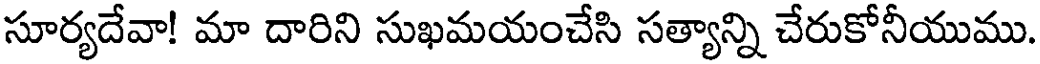
సూర్యదేవా! మా దారిని సుఖమయంచేసి సత్యాన్ని చేరుకోనీయుము.